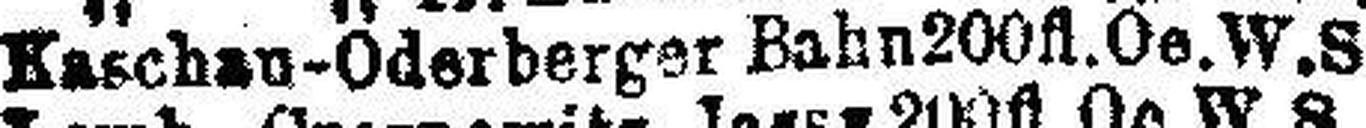
Kaschau-Oderberger Bahn 200fl. Oe. W. S.